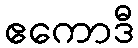
ဧကောဒီ